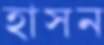
হাসন